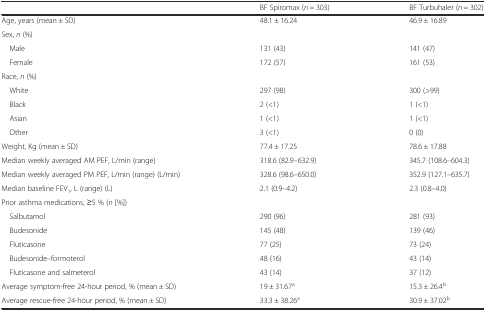
<table><thead><tr><td></td><td><b>BF Spiromax (<i>n</i> = 303)</b></td><td><b>BF Turbuhaler (<i>n</i> = 302)</b></td></tr></thead><tbody><tr><td>Age, years (mean ± SD)</td><td>48.1 ± 16.24</td><td>46.9 ± 16.89</td></tr><tr><td colspan="3">Sex, <i>n</i> (%)</td></tr><tr><td> Male</td><td>131 (43)</td><td>141 (47)</td></tr><tr><td> Female</td><td>172 (57)</td><td>161 (53)</td></tr><tr><td colspan="3">Race, <i>n</i> (%)</td></tr><tr><td> White</td><td>297 (98)</td><td>300 (&gt;99)</td></tr><tr><td> Black</td><td>2 (&lt;1)</td><td>1 (&lt;1)</td></tr><tr><td> Asian</td><td>1 (&lt;1)</td><td>1 (&lt;1)</td></tr><tr><td> Other</td><td>3 (&lt;1)</td><td>0 (0)</td></tr><tr><td>Weight, Kg (mean ± SD)</td><td>77.4 ± 17.25</td><td>78.6 ± 17.88</td></tr><tr><td>Median weekly averaged AM PEF, L/min (range)</td><td>318.6 (82.9–632.9)</td><td>345.7 (108.6–604.3)</td></tr><tr><td>Median weekly averaged PM PEF, L/min (range) (L/min)</td><td>328.6 (98.6–650.0)</td><td>352.9 (127.1–635.7)</td></tr><tr><td>Median baseline FEV<sub>1</sub>, L (range) (L)</td><td>2.1 (0.9–4.2)</td><td>2.3 (0.8–4.0)</td></tr><tr><td colspan="3">Prior asthma medications, ≥5 % (<i>n</i> [%])</td></tr><tr><td> Salbutamol</td><td>290 (96)</td><td>281 (93)</td></tr><tr><td> Budesonide</td><td>145 (48)</td><td>139 (46)</td></tr><tr><td> Fluticasone</td><td>77 (25)</td><td>73 (24)</td></tr><tr><td> Budesonide–formoterol</td><td>48 (16)</td><td>43 (14)</td></tr><tr><td> Fluticasone and salmeterol</td><td>43 (14)</td><td>37 (12)</td></tr><tr><td>Average symptom-free 24-hour period, % (mean ± SD)</td><td>19 ± 31.67<sup>a</sup></td><td>15.3 ± 26.4<sup>b</sup></td></tr><tr><td>Average rescue-free 24-hour period, % (mean ± SD)</td><td>33.3 ± 38.26<sup>a</sup></td><td>30.9 ± 37.02<sup>b</sup></td></tr></tbody></table>